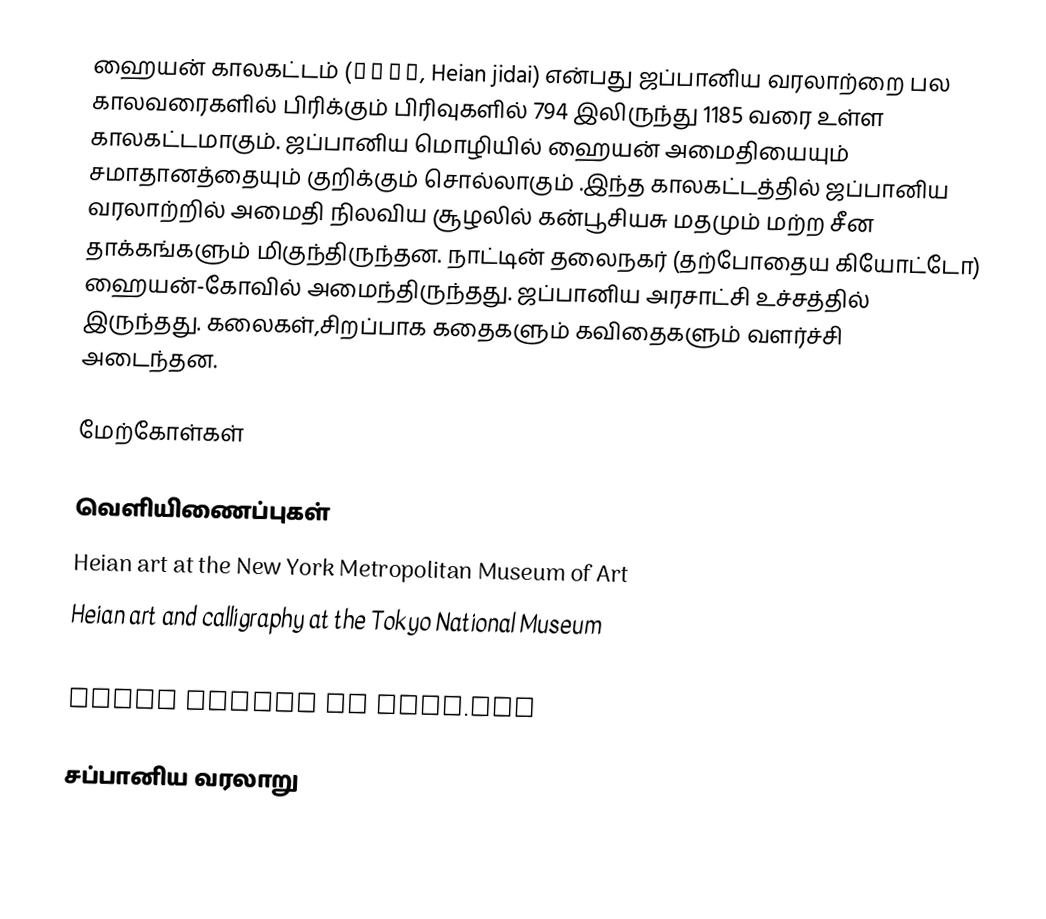
ஹையன் காலகட்டம் (平安時代, Heian jidai) என்பது ஜப்பானிய வரலாற்றை பல காலவரைகளில் பிரிக்கும் பிரிவுகளில் 794 இலிருந்து 1185 வரை உள்ள காலகட்டமாகும். ஜப்பானிய மொழியில் ஹையன் அமைதியையும் சமாதானத்தையும் குறிக்கும் சொல்லாகும் .இந்த காலகட்டத்தில் ஜப்பானிய வரலாற்றில் அமைதி நிலவிய சூழலில் கன்பூசியசு மதமும் மற்ற சீன தாக்கங்களும் மிகுந்திருந்தன. நாட்டின் தலைநகர் (தற்போதைய கியோட்டோ) ஹையன்-கோவில் அமைந்திருந்தது. ஜப்பானிய அரசாட்சி உச்சத்தில் இருந்தது. கலைகள்,சிறப்பாக கதைகளும் கவிதைகளும் வளர்ச்சி அடைந்தன.

மேற்கோள்கள்

வெளியிணைப்புகள்
 Heian art at the New York Metropolitan Museum of Art
 Heian art and calligraphy at the Tokyo National Museum
 Heian art at the British Museum
 Heian period at mnsu.edu

சப்பானிய வரலாறு